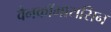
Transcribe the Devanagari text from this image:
वैनकॉमायसिन